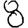
Digit: 8